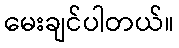
မေးချင်ပါတယ်။